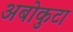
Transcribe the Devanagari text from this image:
अबोकुटा